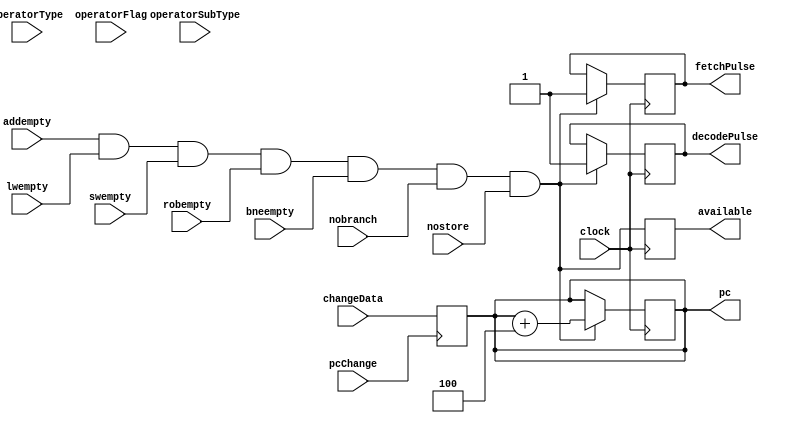
`timescale 10ps / 100fs

module pcControl (
	input wire clock,
	input wire addempty,
	input wire lwempty,
	input wire swempty,
	input wire robempty,
	input wire bneempty,
	input wire nobranch,
	input wire nostore,
	input wire[6:0] operatorType,
	input wire[2:0] operatorSubType,
	input wire operatorFlag,

	output reg available,
	output reg[31:0] pc,
	output reg decodePulse,
	output reg fetchPulse,

	input wire pcChange,
	input wire[31:0] changeData
);

parameter bneOp = 7'b1100011;

assign nobrach = 1'b1;

initial begin
	pc = -4;
	available = 1'b1;
	decodePulse = 1'b1;
end

always @(posedge pcChange) begin
	pc = changeData;
end

always @(posedge clock) begin
	available = addempty & lwempty & swempty & robempty & bneempty & nobranch & nostore;
	if (available == 1) begin
		fetchPulse = 1'b0;
		pc = pc + 4;
		fetchPulse = 1'b1;
		#1
		decodePulse = 1'b0;
		decodePulse = 1'b1;
	end
end

endmodule